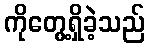
ကိုတွေ့ရှိခဲ့သည်